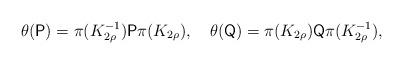
LaTeX: \begin{align*}\theta(\mathsf{P})=\pi(K_{2\rho}^{-1})\mathsf{P}\pi(K_{2\rho}),\quad\theta(\mathsf{Q})=\pi(K_{2\rho})\mathsf{Q}\pi(K_{2\rho}^{-1}),\end{align*}